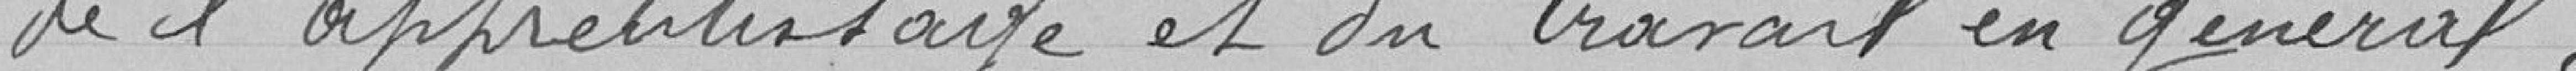
de l'apprentissage et du travail en général .